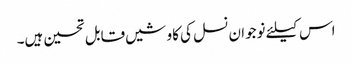
اس کیلئے نوجوان نسل کی کاوشیں قابل تحسین ہیں۔